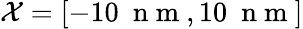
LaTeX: \mathcal{X}=[-10~\mathrm{~n~m~},10~\mathrm{~n~m~}]